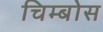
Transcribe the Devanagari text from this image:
चिम्बोस